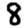
Digit: 8